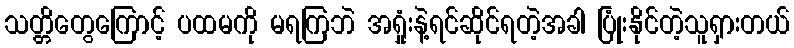
သတ္တိတွေကြောင့် ပထမကို မရကြဘဲ အရှုံးနဲ့ရင်ဆိုင်ရတဲ့အခါ ပြုံးနိုင်တဲ့သူရှားတယ်